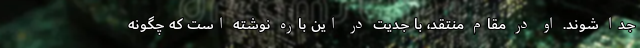
جدا شوند. او در مقام منتقد، با جدیت در این باره نوشته است که چگونه